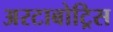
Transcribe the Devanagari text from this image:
अरटाबोट्रिस